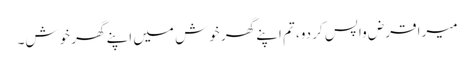
میرا قرض واپس کر دو، تم اپنے گھر خوش میں اپنے گھر خوش۔